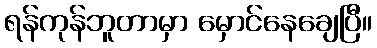
ရန်ကုန်ဘူတာမှာ မှောင်နေချေပြီ။